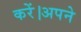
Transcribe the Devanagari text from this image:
करें।अपने